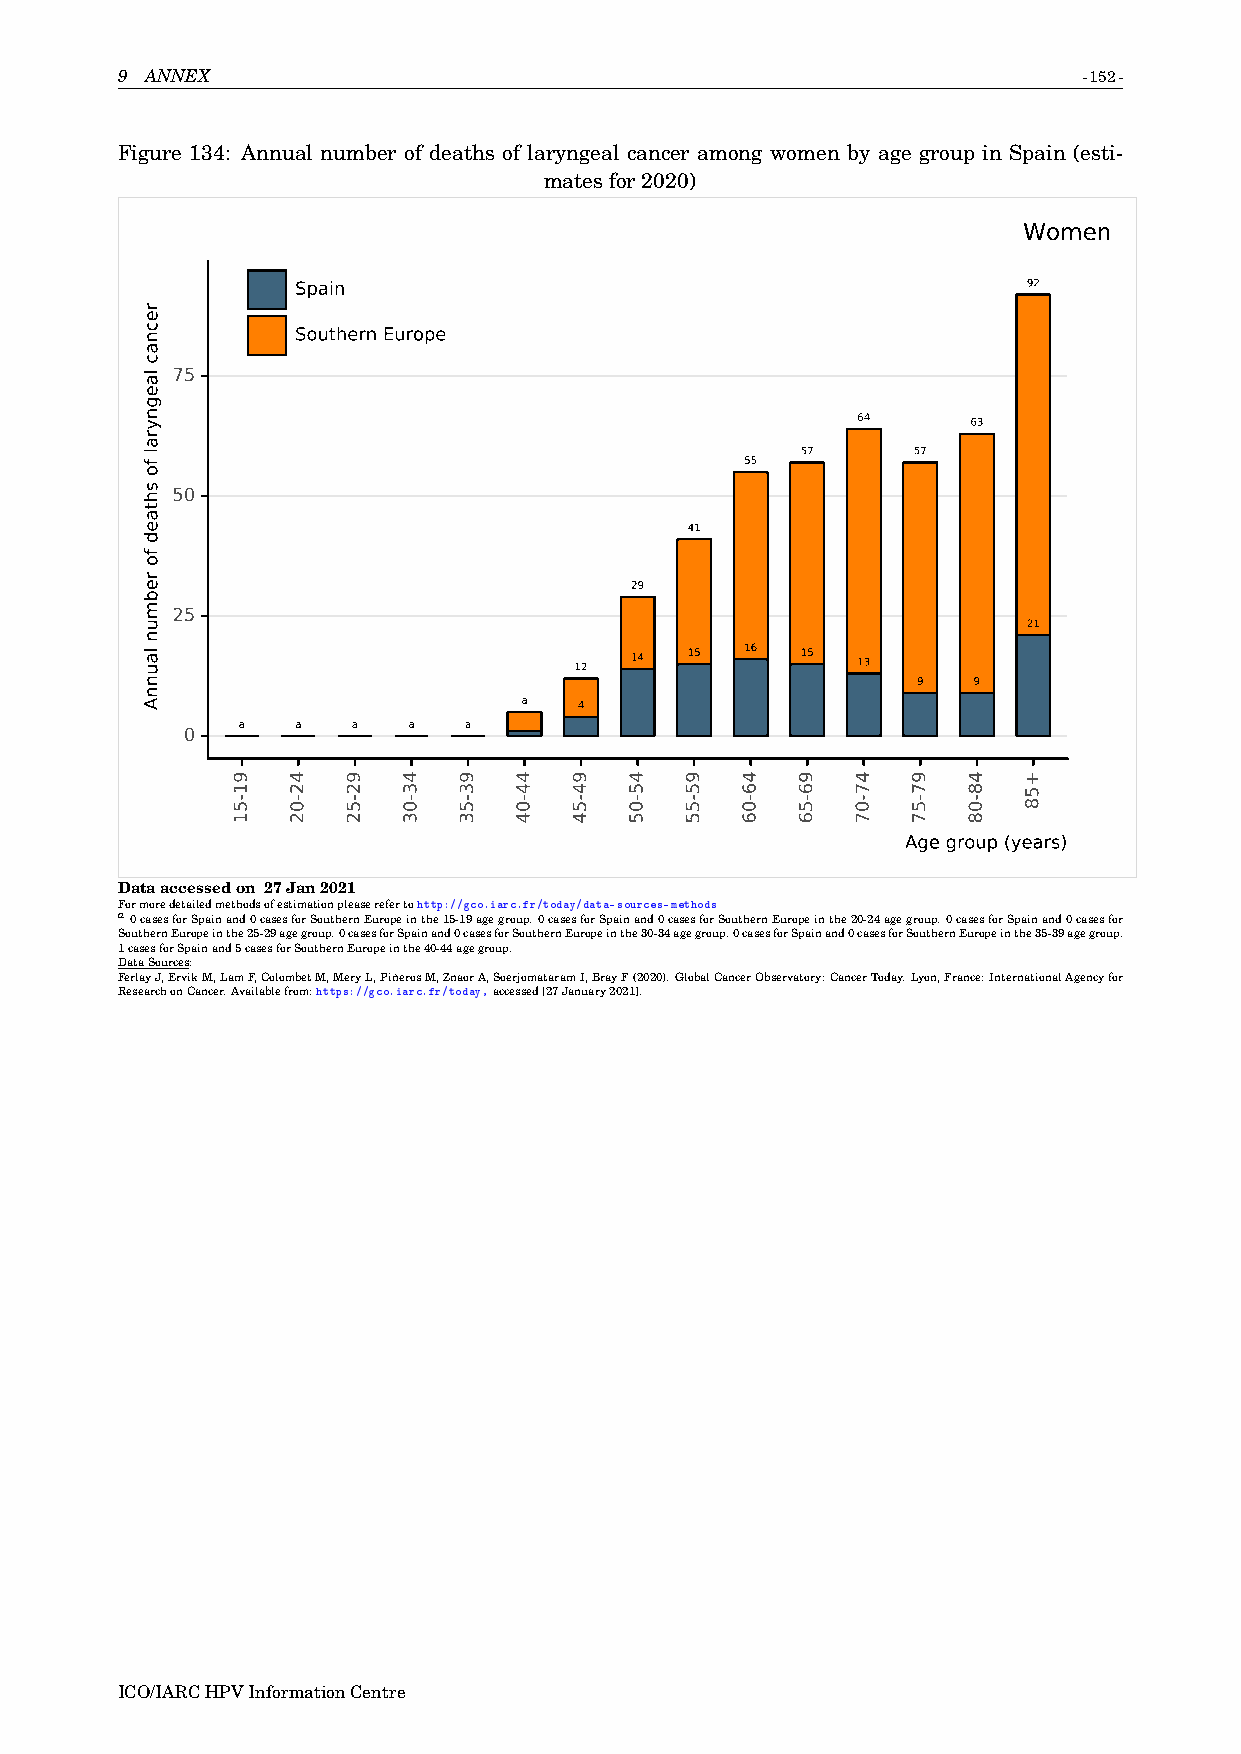
9 ANNEX                                                         -152-
 Figure 134: Annual number of deaths of laryngeal cancer among women by age group in Spain (esti-
 matesfor2020)
 Women
 Spain                                           92
 Southern Europe
 75
 64     63
 57     57
 55
 50
 41
 29
 25
 21
 12  14 15  16  15  13
 9  9
 a   4
 a   a  a   a   a
 0
 Age group (years)
 Dataaccessedon 27Jan2021
 Formoredetailedmethodsofestimationpleaserefertohttp://gco.iarc.fr/today/data-sources-methods
 a0casesforSpainand0casesforSouthernEuropeinthe15-19agegroup.0casesforSpainand0casesforSouthernEuropeinthe20-24agegroup.0casesforSpainand0casesfor
 SouthernEuropeinthe25-29agegroup.0casesforSpainand0casesforSouthernEuropeinthe30-34agegroup.0casesforSpainand0casesforSouthernEuropeinthe35-39agegroup.
 1casesforSpainand5casesforSouthernEuropeinthe40-44agegroup.
 DataSources:
 FerlayJ,ErvikM,LamF,ColombetM,MeryL,PiñerosM,ZnaorA,SoerjomataramI,BrayF(2020).GlobalCancerObservatory:CancerToday.Lyon,France:InternationalAgencyfor
 ResearchonCancer.Availablefrom:https://gco.iarc.fr/today,accessed[27January2021].
 ICO/IARCHPVInformationCentre
 recnac
 laegnyral
 fo
 shtaed
 fo
 rebmun
 launnA
 91-51 42-02 92-52 43-03 93-53 44-04 94-54 45-05 95-55 46-06 96-56 47-07 97-57 48-08 +58